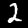
Digit: 2